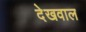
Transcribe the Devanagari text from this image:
देखवाल